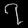
Digit: ၇